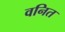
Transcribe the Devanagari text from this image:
वनित